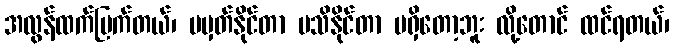
အလွန်ထက်မြက်တယ်၊ မမှတ်နိုင်တာ မသိနိုင်တာ မရှိတော့ဘူး လို့တောင် ထင်ရတယ်၊